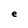
Character: e